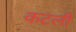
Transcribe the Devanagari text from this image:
कटली